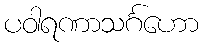
ပဝါရဏာသင်္ဂဟော